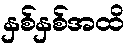
နှစ်နှစ်အထိ